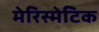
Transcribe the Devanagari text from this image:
मेरिस्मेटिक